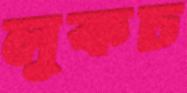
লুকচ